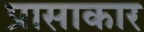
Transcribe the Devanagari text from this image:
प्रासाकार